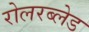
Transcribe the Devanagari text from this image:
रोलरब्लेड